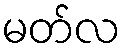
မတ်လ